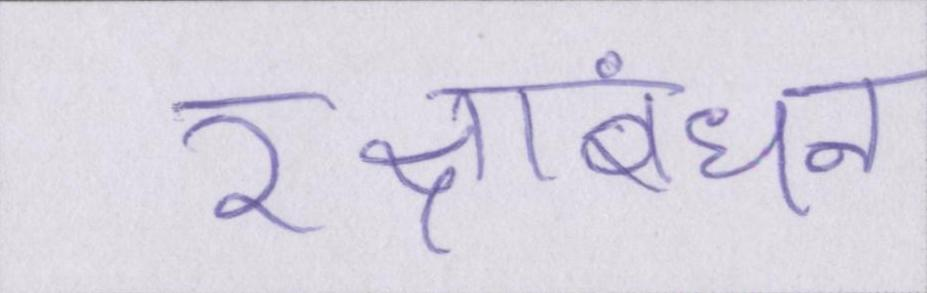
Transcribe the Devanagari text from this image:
रक्षाबंधन